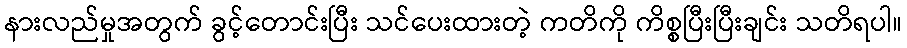
နားလည်မှုအတွက် ခွင့်တောင်းပြီး သင်ပေးထားတဲ့ ကတိကို ကိစ္စပြီးပြီးချင်း သတိရပါ။